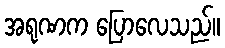
အရုဏက ပြောလေသည်။